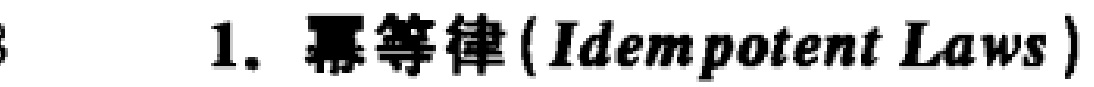
1. 幂等律 (\text{Idempotent Laws})